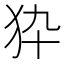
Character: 𤝊